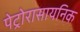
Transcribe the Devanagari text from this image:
पेट्रोरासायनिक